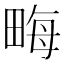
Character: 畮